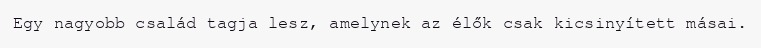
Egy nagyobb család tagja lesz, amelynek az élők csak kicsinyített másai.